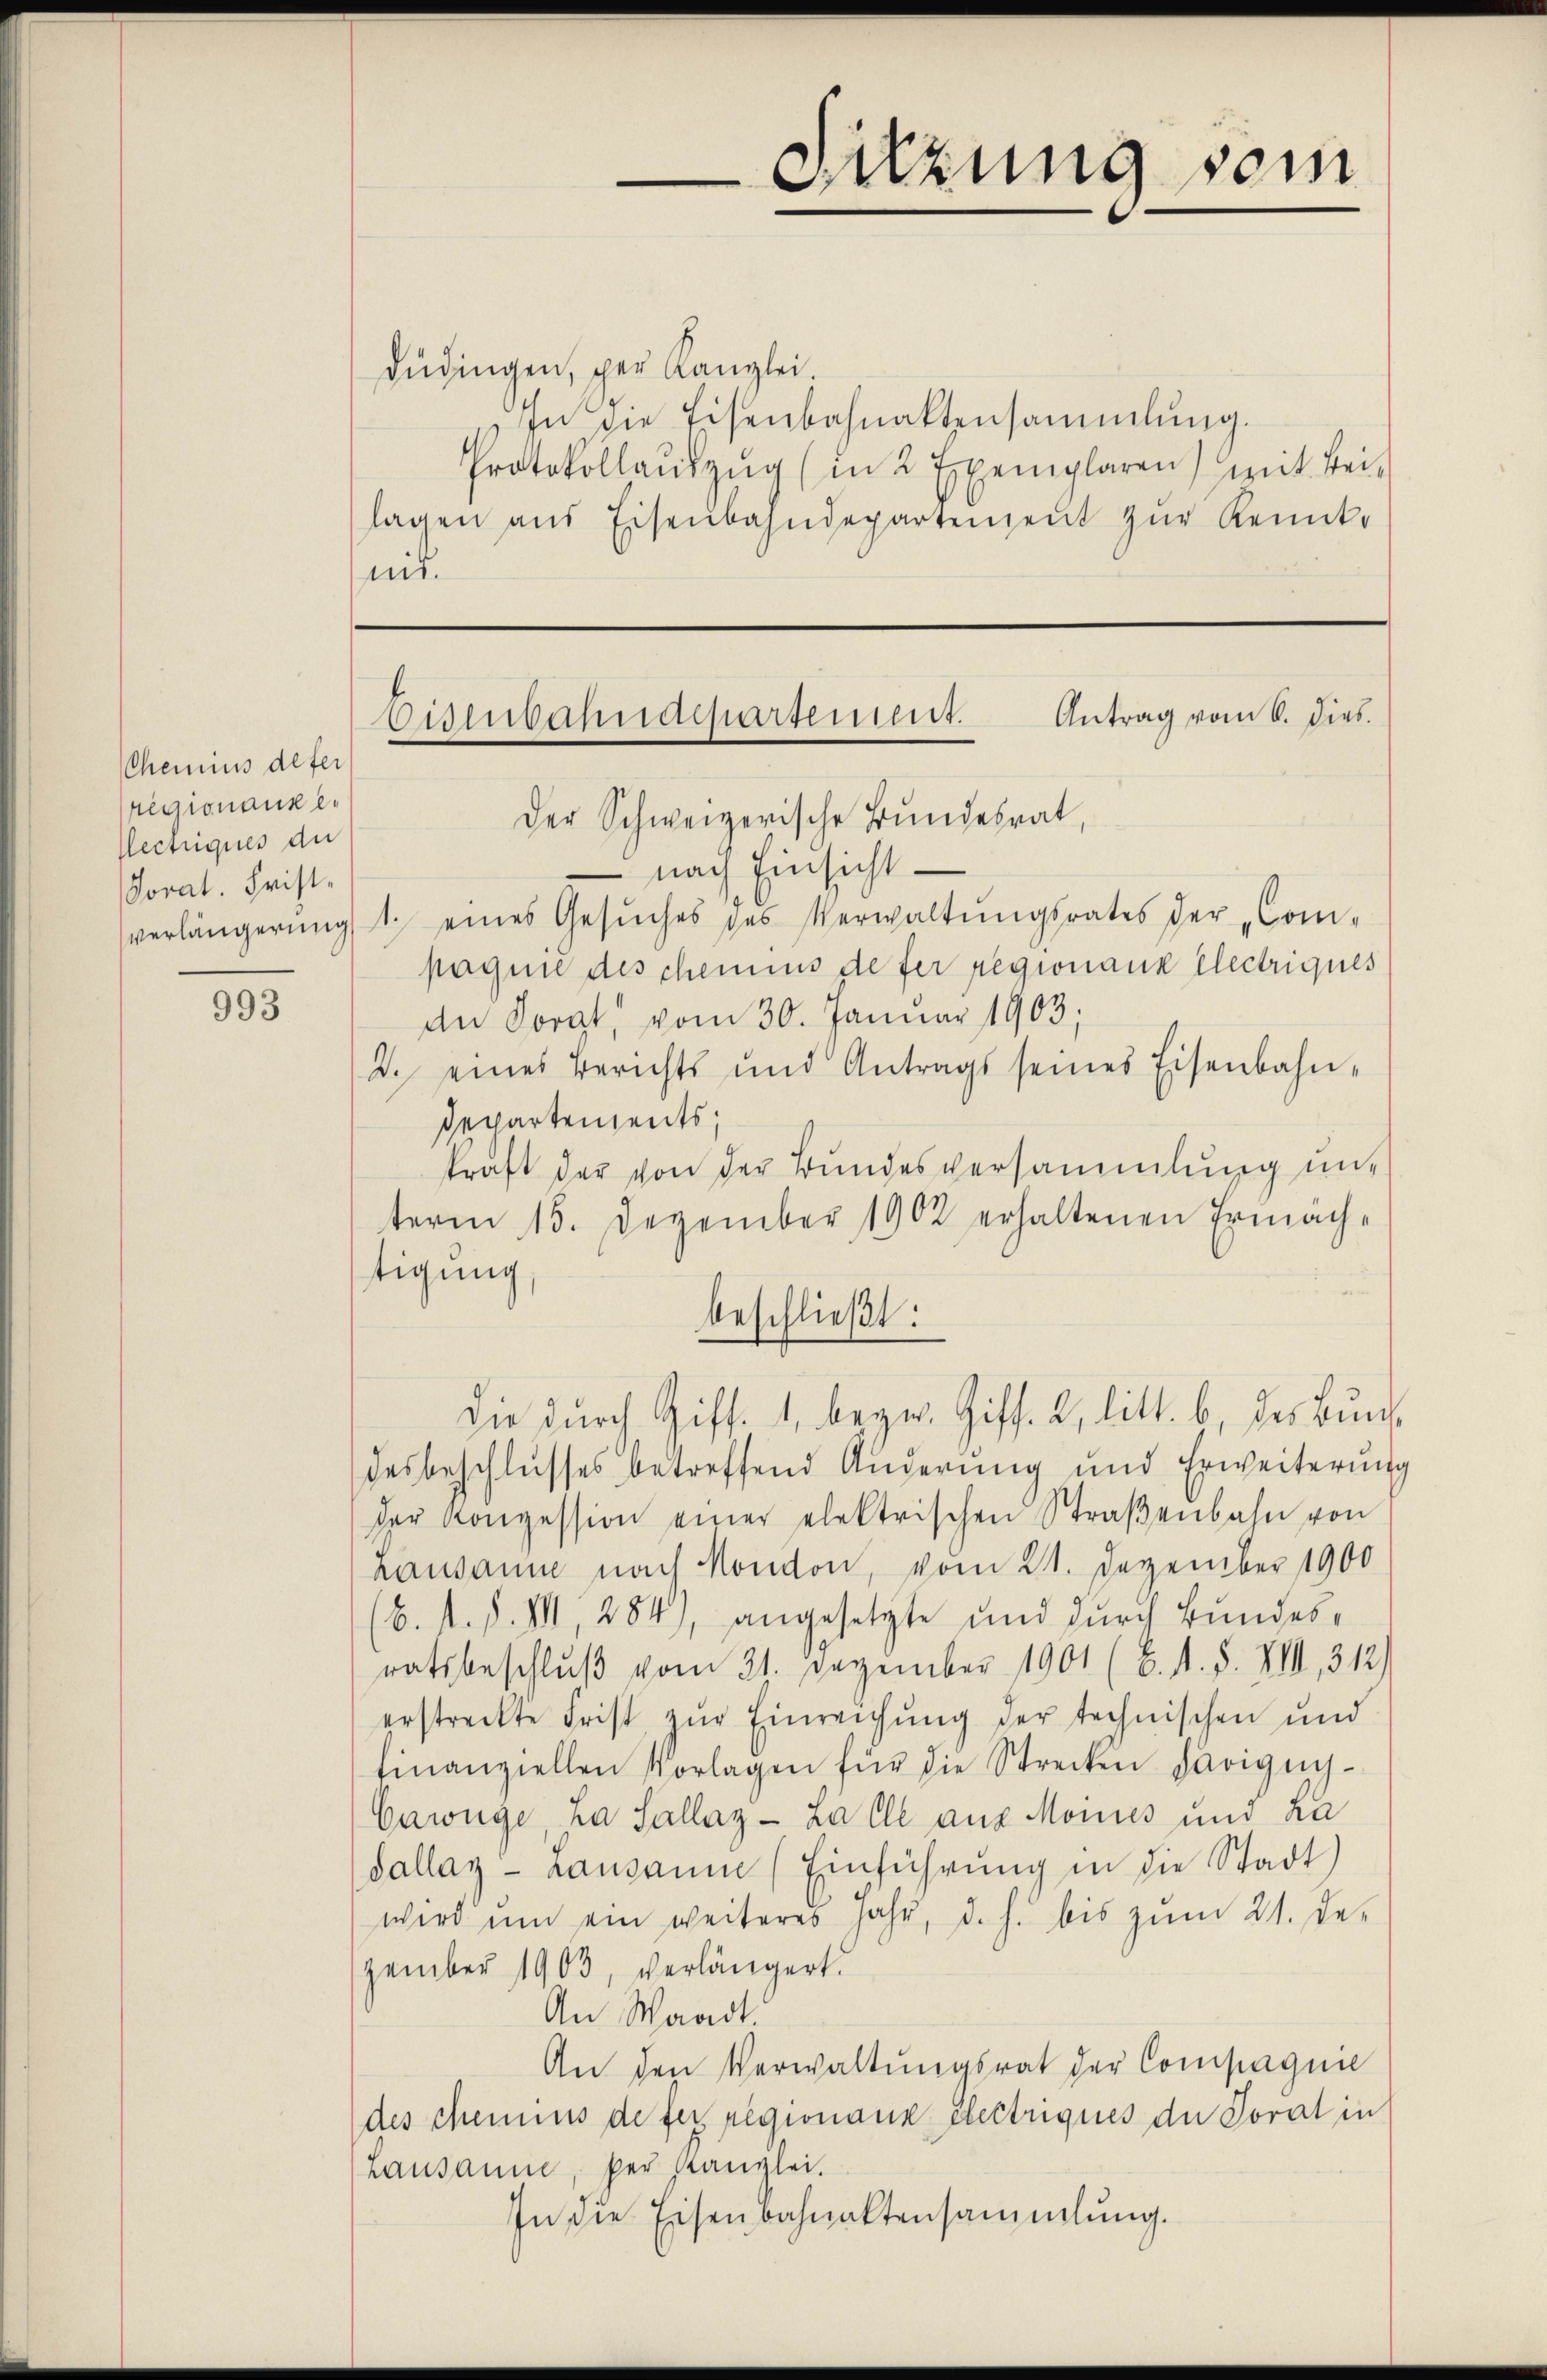
Chemins defer
regionauer
Hectriques der
Jorat. Frist¬

993

Düdingen, per Kanzlei.
In die Eisenbahnaktensammlung.
Protokollaŭszŭg (in 2 Exemplaren) mit Beilagen aus Eisenbahndepartenheit zŭr Kenntnit.

Der Schweizerische Bundesrat,
 nach Einsichtverlängerŭng 1. eines Gesŭches des Verwaltŭngsrates der „Com-
pagnie des chemins de ter Regionauk Electriques
An Sorat, vom 30. Januar 1903;
2. eines Berichts und Antrags seines Eisenbahn-
Departements;
kraft der von der Bŭndesversammlung un-
term 15. Dezember 1902 erhaltenen Ermächtigung,
beschließt:
desbeschlusses betreffend Änderung und Erweiterung
der Konzession einer elektrischen Straβenbahn von
Lausanne nach Mondon, vom 21. Dezember 1900
(6. 1. d. VII, 284), angesetzte und durch Bundesratsbeschluß vom 21. Dezember 1901 (6. A. S. XIII, 312)
erstreckte Frist zŭr Einreichŭng der technischen und
finanziellen Vorlagen für die Strecken Parignis-
Cawüge ha Sallay - Lalle aus Mones und La
dallay - Lausanne (Einführung in die Stadt)
wird ŭm ein weiteres Jahr, d. h. bis zŭm 21. De-
zember 1903, verlängert.
An Waadt
An den Verwaltungsrat der Compagnie
des chemins de ser regionanz Electriques der Torat in
Lausanne, per Kanzlei.
In die Eisenbahnaktensammlung.

Eisenbahndepartement. Antrag vom 6. dies.

Sitzung sein

die durch Ziff. 1, bezw. Ziff. 2, litt. b, des Bun¬